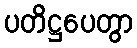
ပတိဋ္ဌပေတွာ